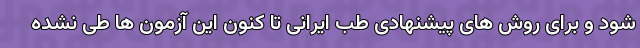
شود و برای روش های پیشنهادی طب ایرانی تا کنون این آزمون ها طی نشده